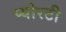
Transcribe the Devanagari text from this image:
प्योरटी